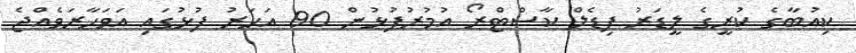
ކިއުބާގެ ކުރީގެ ލީޑަރު ފިޑެލް ކާސްޓްރޯ އުމުރުފުޅުން 90 އަހަރު ފުޅުގައި އަވަހާރަވެއްޖެ